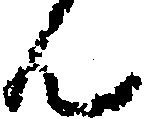
ん